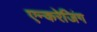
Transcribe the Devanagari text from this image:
एन्करेजिंग